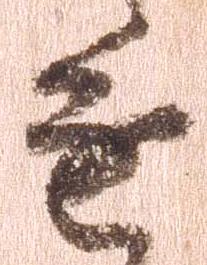
進